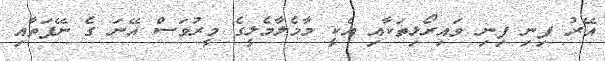
އޭރު ފިނި ފިނި ވައިރޯޅިތަކާއި އެކީ މާމެލާމެލީގެ މީރުވަސް އޭނަ ގެ ނޭފަތާއި